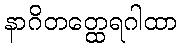
နာဂိတတ္ထေရဂါထာ